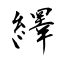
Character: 繹